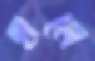
হালে